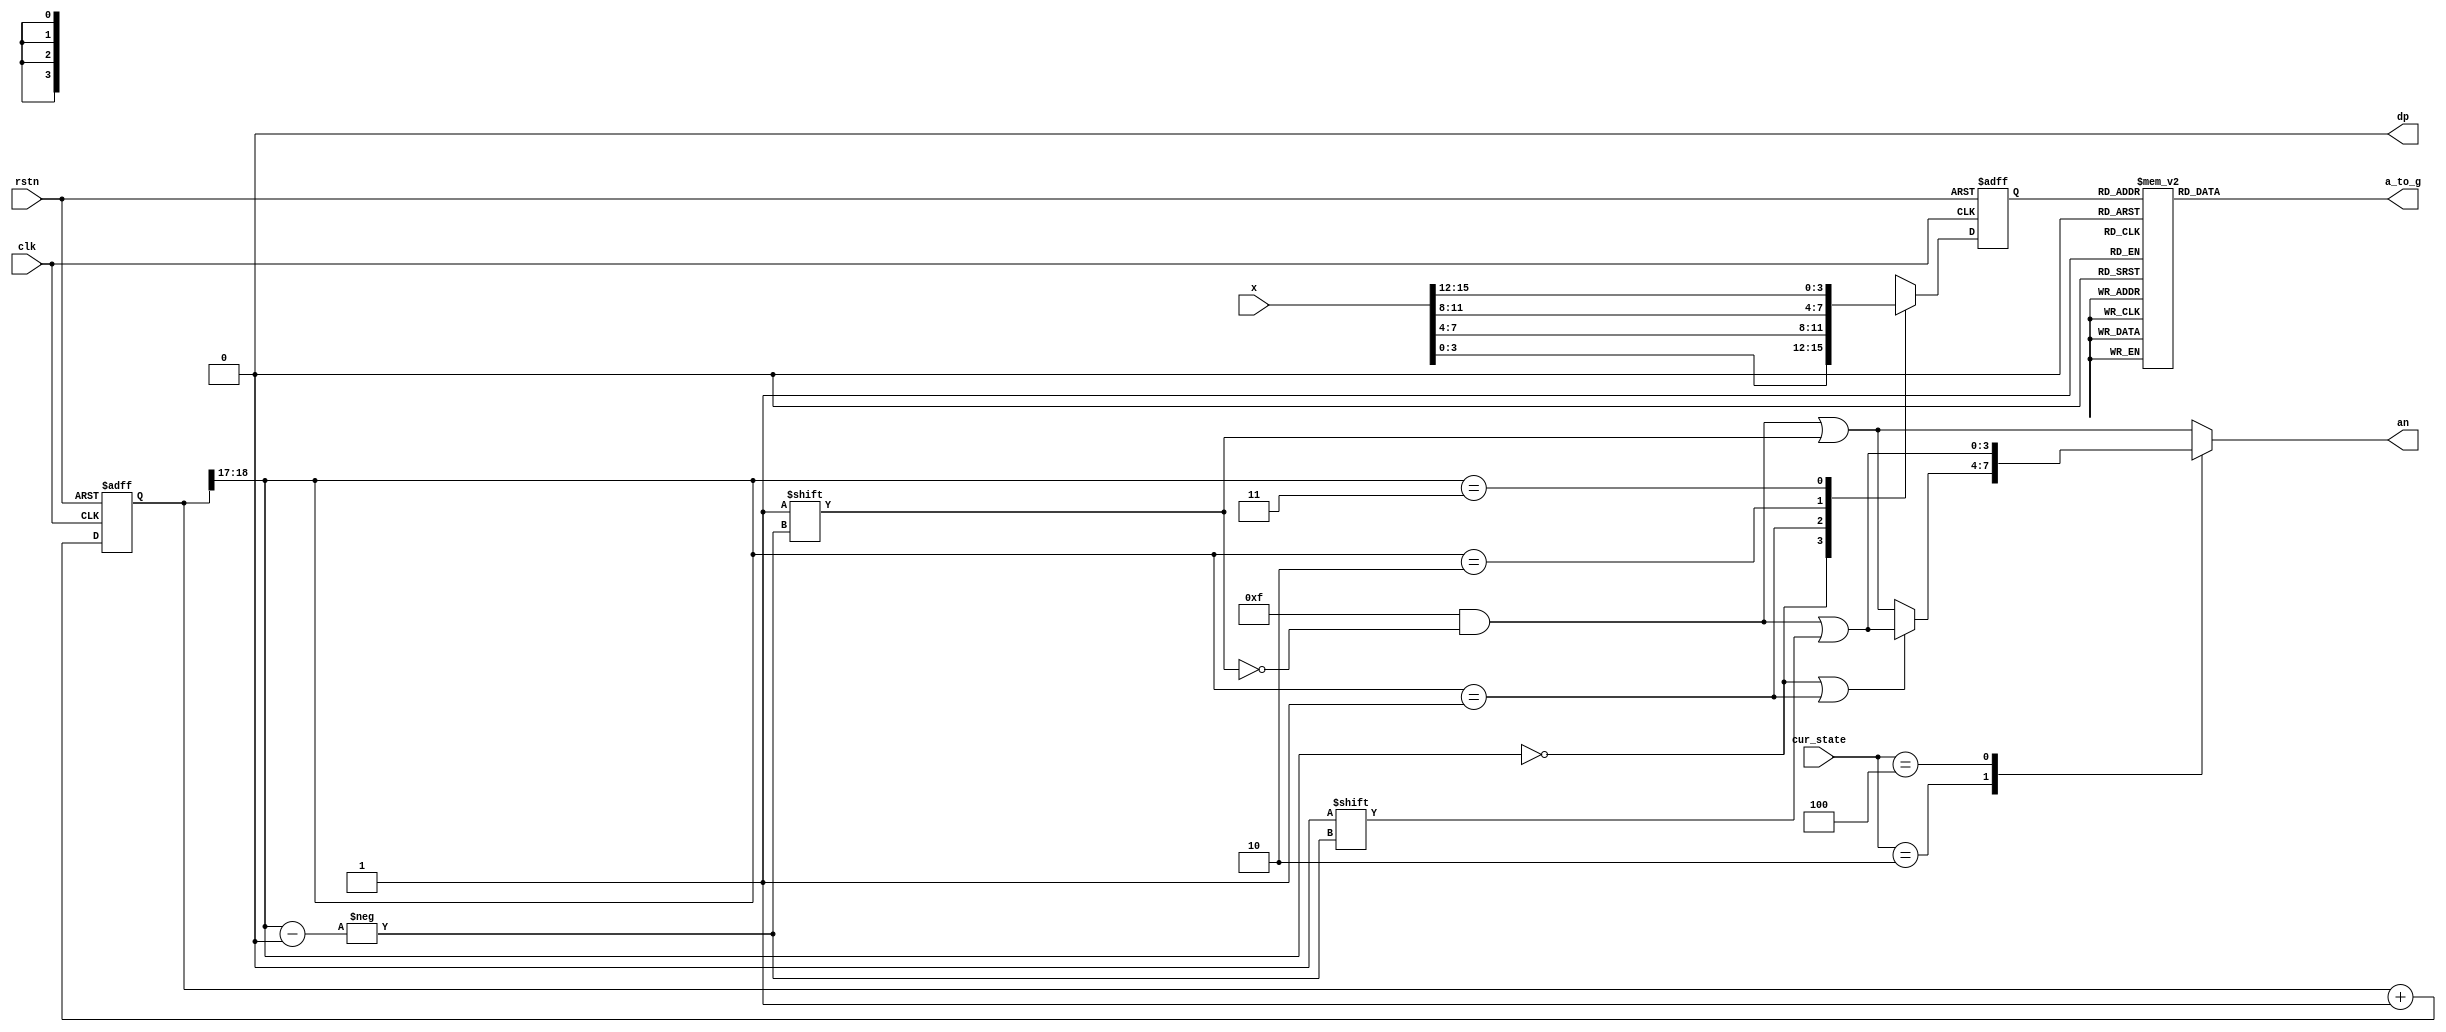
`timescale 1ns / 1ps
//////////////////////////////////////////////////////////////////////////////////
// Company: Tel Aviv University
// 
// Design Name: 
// Module Name: Seg_7_Display
// Project Name: 
// Target Devices: 
// Tool Versions: 
// Description: 
// 
// Dependencies: 
// 
// Revision:
// Revision 0.01 - File Created
// Additional Comments:
// 
//////////////////////////////////////////////////////////////////////////////////


module Seg_7_Display(

	input [15:0] x,
    input clk,
    input rstn,
    input [2:0] cur_state,
    output reg [6:0] a_to_g,
    output reg [3:0] an,
    output wire dp 
	 );
     
    localparam IDLE = 3'b001;
    localparam ONE_KEY = 3'b010;
    localparam TWO_KEYS = 3'b100; 
           
    wire [1:0] s;	 
    reg [3:0] digit;
    
    reg [19:0] clkdiv;
    assign s = clkdiv[18:17]; 		// clock division - choose 2 bits to encode the current digit index (0,1,2,3)
    assign dp = 1'b0;                            
   //assign dp = (s == 2'b10) ? 0 : 1;           // dot indicator must be lit to the right of the 3rd digit from te right (between seconds and centiseconds)

   always @(posedge clk or negedge rstn)// or posedge clr)
       if (!rstn)
           digit <= 4'b0;
       else
           case(s)
               0:digit <= x[3:0]; // s is 00 -->0 ;  digit gets assigned 4 bit value assigned to x[3:0]
               1:digit <= x[7:4]; // s is 01 -->1 ;  digit gets assigned 4 bit value assigned to x[7:4]
               2:digit <= x[11:8]; // s is 10 -->2 ;  digit gets assigned 4 bit value assigned to x[11:8
               3:digit <= x[15:12]; // s is 11 -->3 ;  digit gets assigned 4 bit value assigned to x[15:12]          
               default:digit <= x[3:0];
           endcase
       
   //decoder or truth-table for 7a_to_g display values
   always @(*)
       case(digit)
           //////////<---MSB-LSB<---/////
           //////////////gfedcba/////////                       a
           0:a_to_g = 7'b1000000;////0000                      __                    
           1:a_to_g = 7'b1111001;////0001                   f/   /b
           2:a_to_g = 7'b0100100;////0010                     g
           //                                                __    
           3:a_to_g = 7'b0110000;////0011                e /   /c
           4:a_to_g = 7'b0011001;////0100                  __
           5:a_to_g = 7'b0010010;////0101                  d  
           6:a_to_g = 7'b0000010;////0110
           7:a_to_g = 7'b1111000;////0111
           8:a_to_g = 7'b0000000;////1000
           9:a_to_g = 7'b0010000;////1001
           'hA:a_to_g = 7'b0001000; // A
           'hB:a_to_g = 7'b0000011; // b
           'hC:a_to_g = 7'b1000110; // C
           'hD:a_to_g = 7'b0100001; // d
           'hE:a_to_g = 7'b0000110; // E
           'hF:a_to_g = 7'b0001110; // F
           default: a_to_g = 7'b0000000; // U
   endcase
   
   // only one anode is lowered to 0 (active low) to choose the digit
   always @(*)begin
       an=4'b1111;
       case(cur_state)
           IDLE:
                an[s]=1'b1;
           ONE_KEY:
                begin
                   if ((s == 2'b0) | (s == 2'b01))
                        an[s] = 1'b0;
                   else
                        an[s] = 1'b1;
                end
           TWO_KEYS:
                an[s] = 1'b0;
           default: an[s] = 1'b1;
       endcase
   end
   
   //clkdiv counter ticking
   always @(posedge clk or negedge rstn) begin
       if (!rstn)
           clkdiv <= 0;
       else
           clkdiv <= clkdiv+1;
   end


endmodule